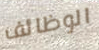
الوظائف